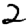
Digit: 2